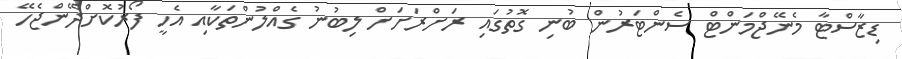
ޑިޒާސްޓާ މެނޭޖްމަންޓް ސެންޓަރުން ބުނި ގޮތުގައި ރަށްރަށަށް ލިބުނު ގެއްލުންތަކާއި އެހީ ފޯރުކޮށްދޭންޖެހޭ